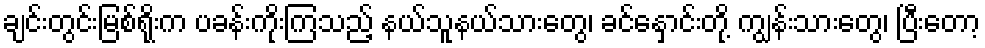
ချင်းတွင်းမြစ်ရိုးက ပခန်းကိုးကြသည့် နယ်သူနယ်သားတွေ၊ ခင်နှောင်းတို့ ကျွန်းသားတွေ၊ ပြီးတော့